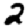
Digit: 2